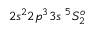
{ 2 s ^ { 2 } 2 p ^ { 3 } 3 s ~ ^ { 5 } S _ { 2 } ^ { o } }